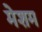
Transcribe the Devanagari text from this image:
मेशम